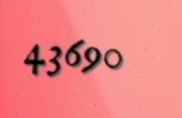
43690